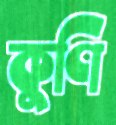
কুণি